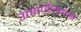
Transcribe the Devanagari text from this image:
उत्सर्जनताओं